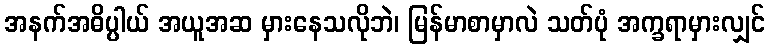
အနက်အဓိပ္ပါယ် အယူအဆ မှားနေသလိုဘဲ၊ မြန်မာစာမှာလဲ သတ်ပုံ အက္ခရာမှားလျှင်